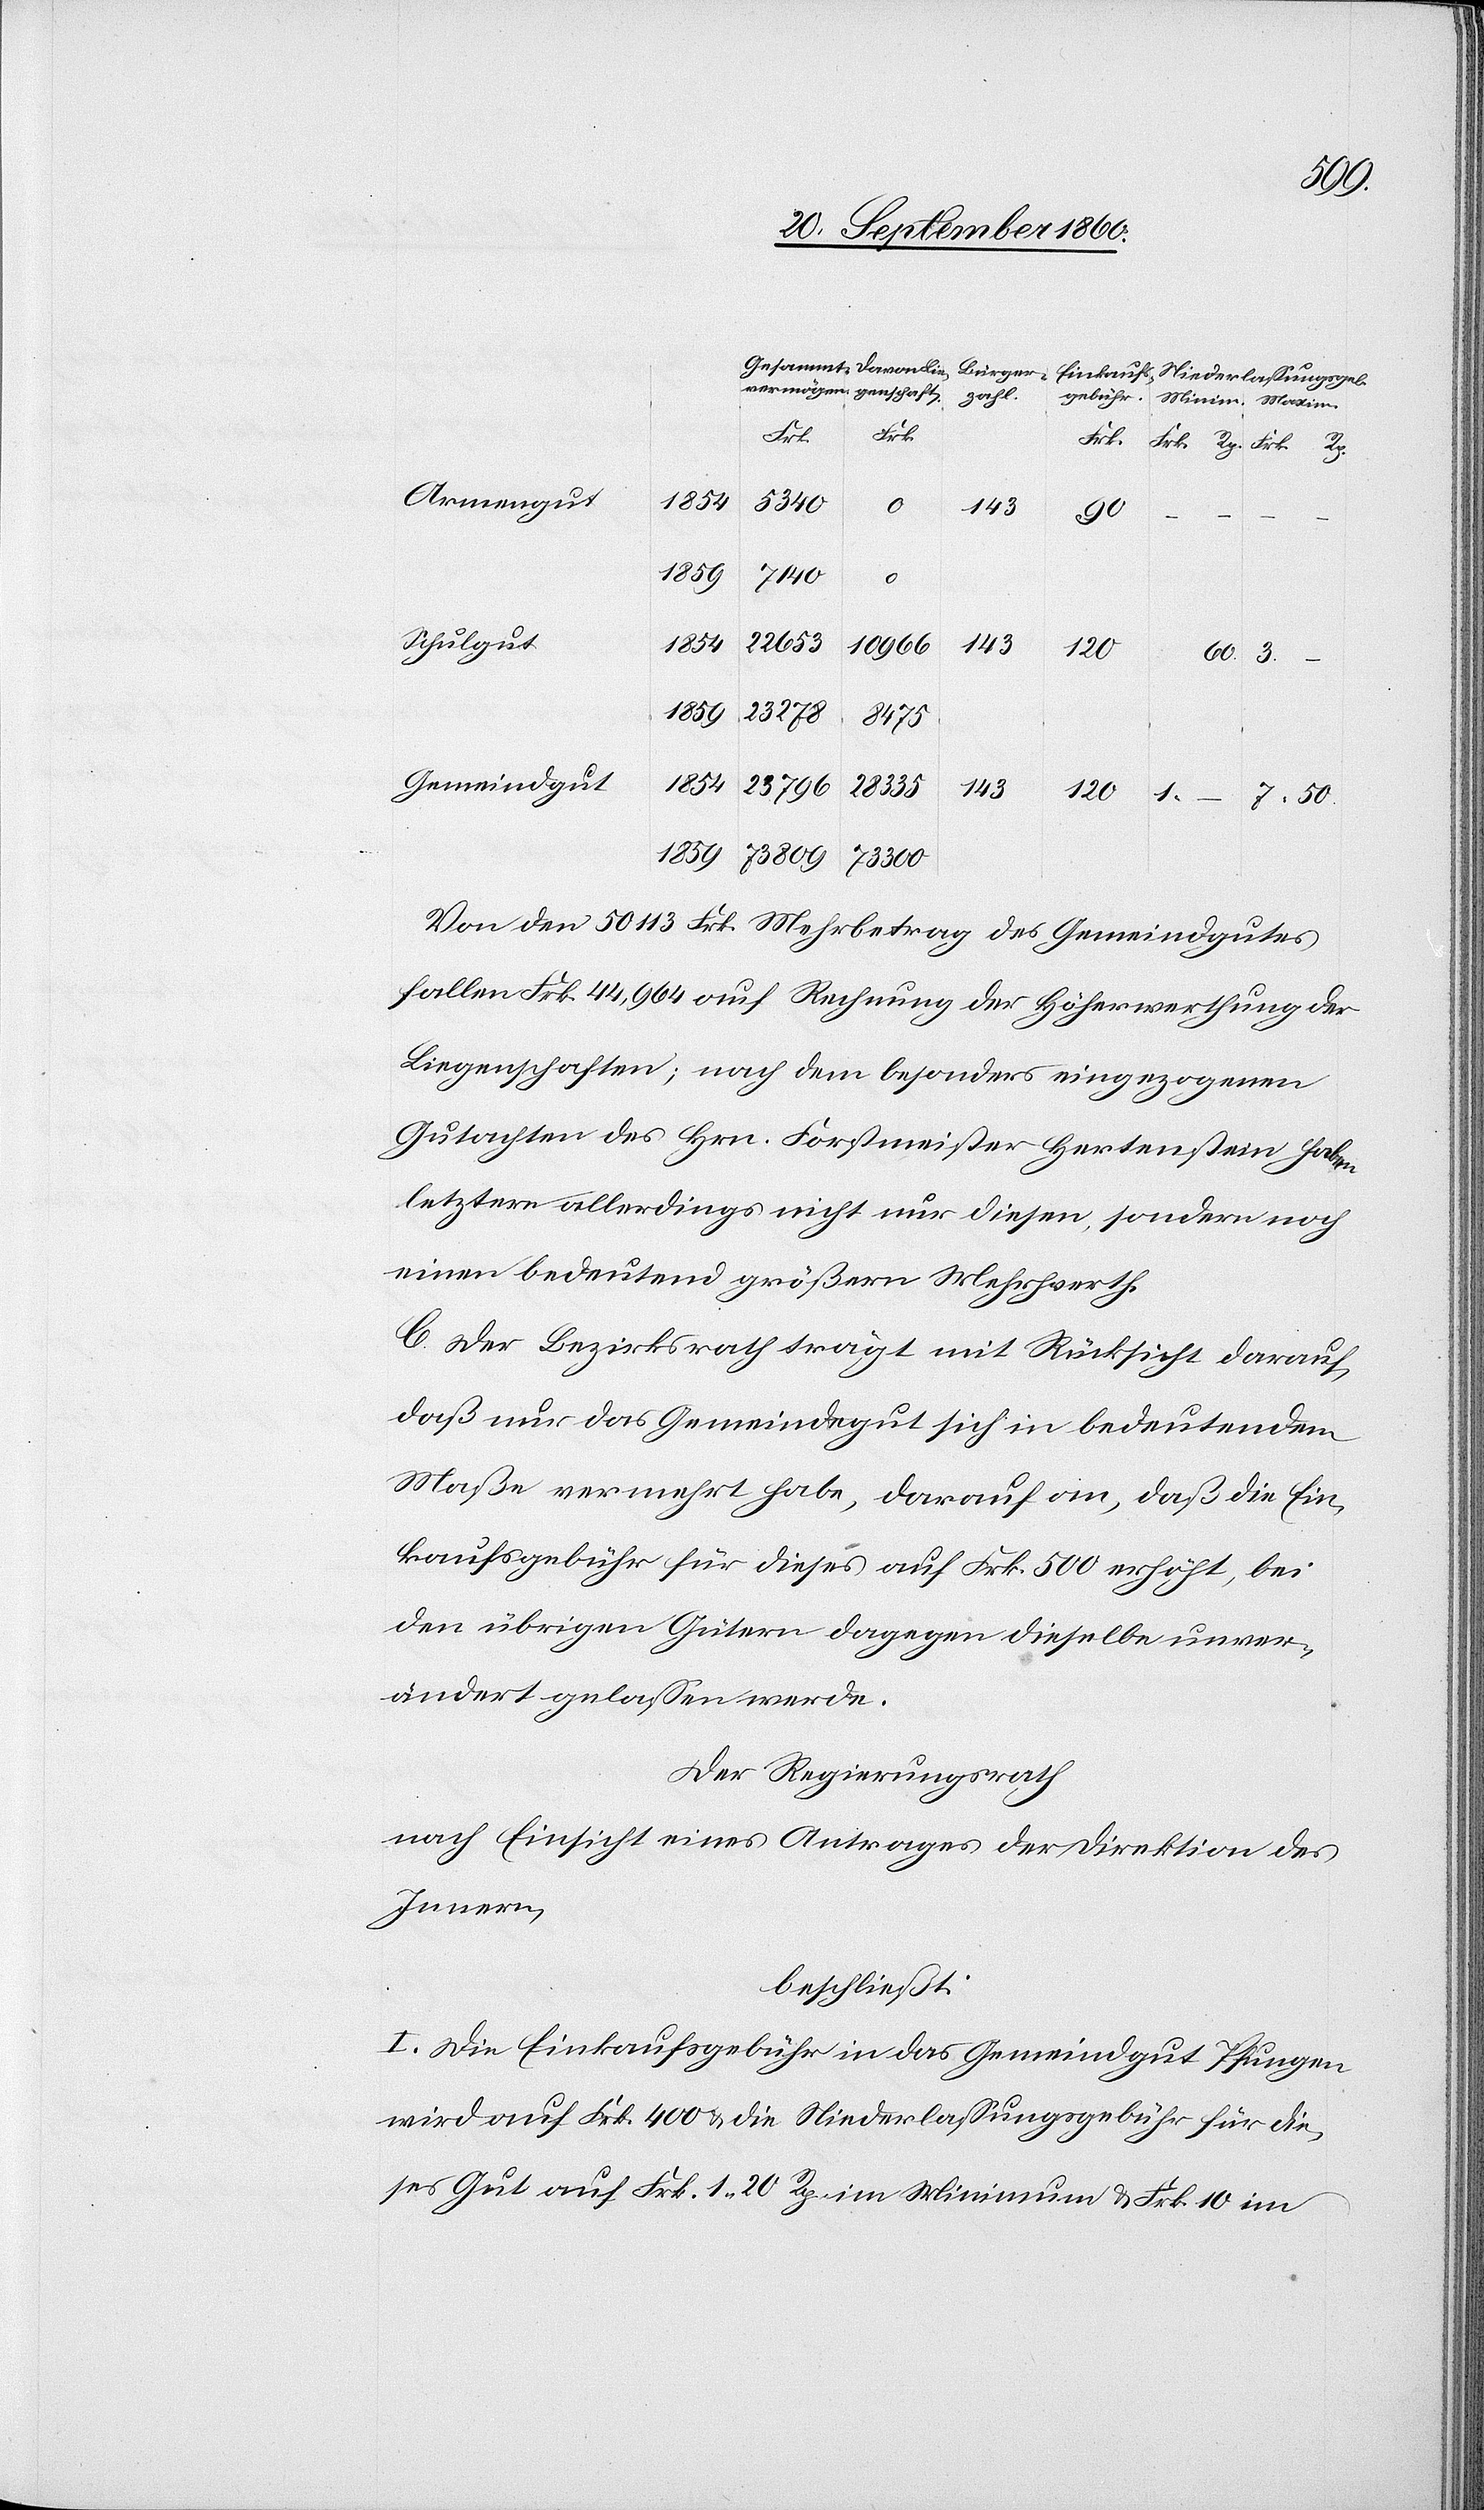
da¬
Rp.
Armengut
1854
5340
1.
143
300
1859
73 809
0
Schulgut
28 335
1854
143
10 966
120
1859
23 278
8475
Gemeindgut
23 796
Minim.
Maxim.
143
73
Von den 50 113 Frk. Mehrbetrag des Gemeindgutes
fallen Frk. 44,964 auf Rechnung der Höherwerthung der
Liegenschaften; nach dem besonders eingezogenen
Gutachten des Hrn. Forstmeister Hergenstein haben
letztere allerdings nicht nur diesen, sondern noch
einen bedeutend größern Mehrwerth.
C. Der Bezirksrath trägt mit Rücksicht darauf,
daß nur das Gemeindegut sich in bedeutendem
Maße vermehrt habe, darauf an, daß die Ein¬
kaufsgebühr für dieses auf Frk. 500 erhöht, bei
den übrigen Gütern dagegen dieselbe unver¬
ändert gelassen werde.
Der Regierungsrath
nach Einsicht eines Antrages der Direktion des
Innern,
beschließt:
I. Die Einkaufsgebühr in das Gemeindgut Pfungen
wird auf Frk. 400 & die Niederlassungsgebühr für die¬
ses Gut auf Frk. 1 20 Rp. im Minimum & Frk. 10 im